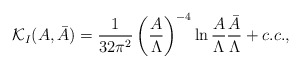
\begin{align*}{\cal K}_I(A,\bar A)= {1\over 32\pi^2}\left({A\over \Lambda}\right)^{-4}\ln {A\over \Lambda} {\bar A\over \Lambda}+c.c.,\end{align*}